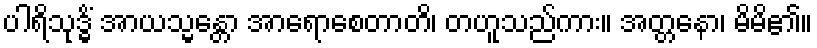
ပါရိသုဒ္ဓိံ အာယသ္မန္တော အာရောစေတာတိ၊ တဟူသည်ကား။ အတ္တနော၊ မိမိ၏။